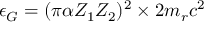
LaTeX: \epsilon _ { G } = ( \pi \alpha Z _ { 1 } Z _ { 2 } ) ^ { 2 } \times 2 m _ { r } c ^ { 2 }